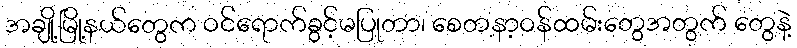
အချို့မြို့နယ်တွေက ဝင်ရောက်ခွင့်မပြုတာ၊ စေတနာ့ဝန်ထမ်းတွေအတွက် တွေနဲ့